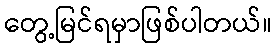
တွေ့မြင်ရမှာဖြစ်ပါတယ်။